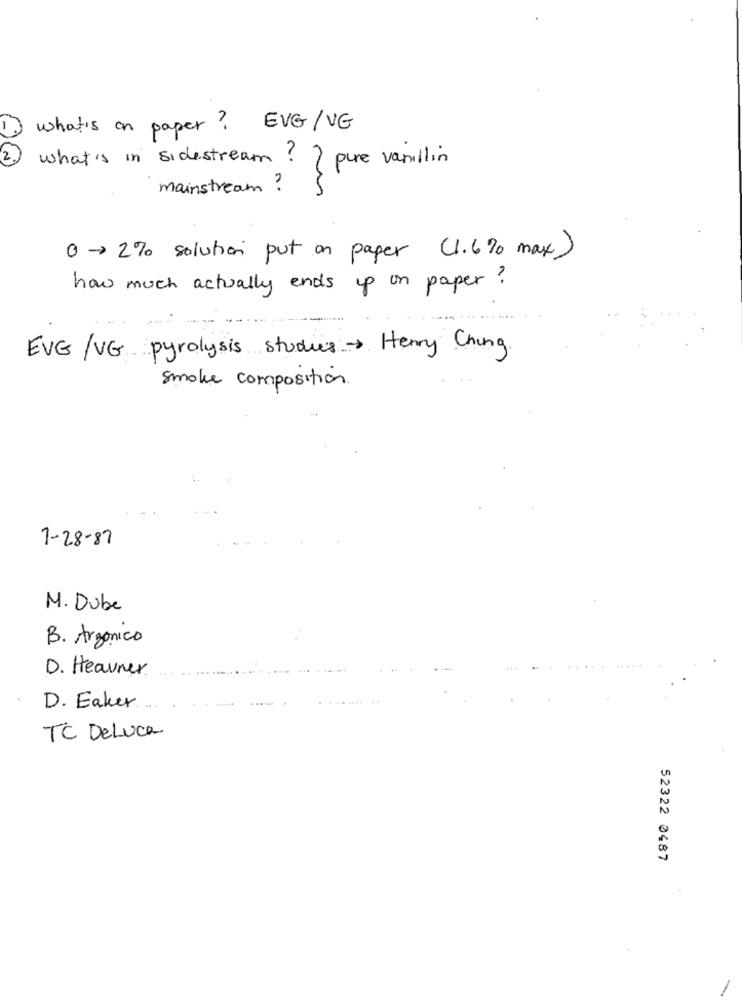
what's on paper? EVG/ VG
2.
what's in sidestream? ? pure vanillin
mainstream ?
0-> 2% solution put on paper (1.6% max)
how much actually ends up on paper?
EVG/VG pyrolysis studies Henry Chung
smoke composition
7-28-87
M. Dube
B. Argonico
D. Heavner
D. Eaker ....
TC DeLuca
52322 0487